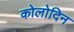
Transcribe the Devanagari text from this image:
कोलोदिन